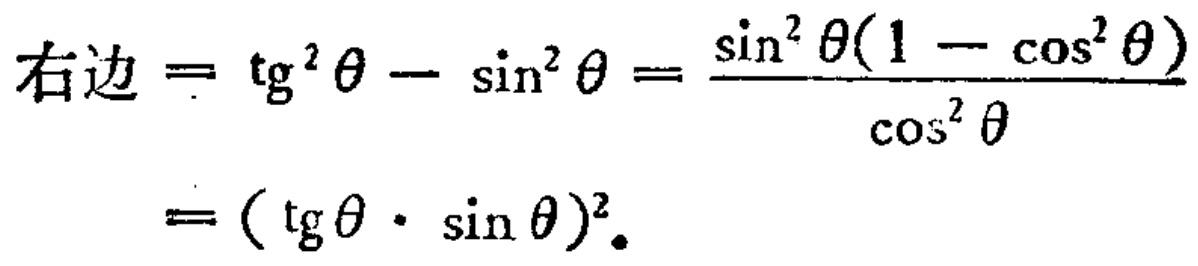
右边\(=\mathrm{tg}^{2}\theta - \sin^{2}\theta=\frac{\sin^{2}\theta(1 - \cos^{2}\theta)}{\cos^{2}\theta}=(\mathrm{tg}\theta\cdot\sin\theta)^{2}\)